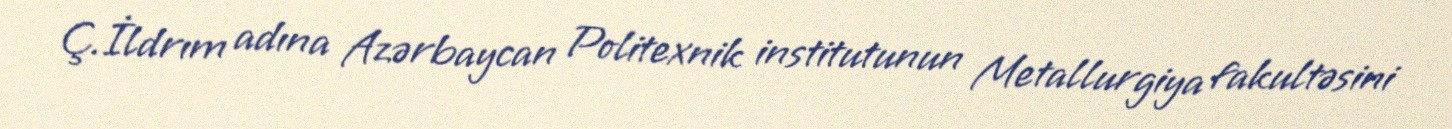
Ç.İldrım adına Azərbaycan Politexnik institutunun Metallurgiya fakultəsini